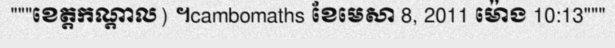
"""ខេត្តកណ្តាល) ។cambomaths ខែមេសា 8, 2011 ម៉ោង 10:13"""